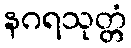
နဂရသုတ္တံ